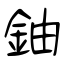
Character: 鈾